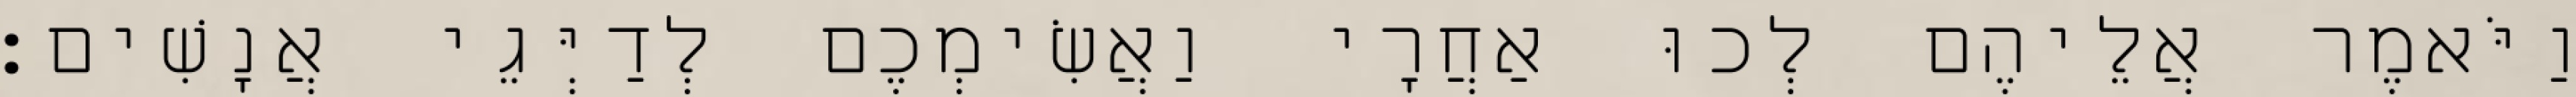
וַיֹּאמֶר אֲלֵיהֶם לְכוּ אַחֲרָי וַאֲשִׂימְכֶם לְדַיְּגֵי אֲנָשִׁים׃